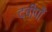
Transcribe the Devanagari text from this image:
द्वीपोँ